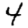
Digit: 4